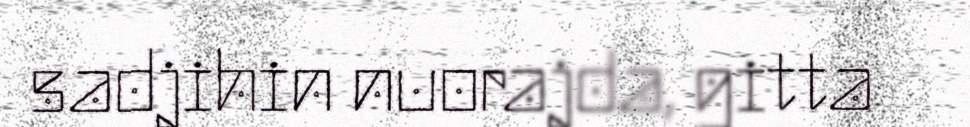
sadjihin nuorajda, gitta